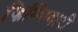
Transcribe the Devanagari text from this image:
ज़िम्मिदारी